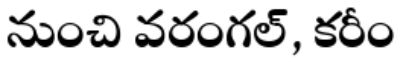
నుంచి వరంగల్, కరీం